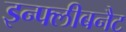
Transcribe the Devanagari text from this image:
इन्फ्लीबनैट